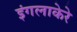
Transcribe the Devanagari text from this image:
इंगलाकेरे